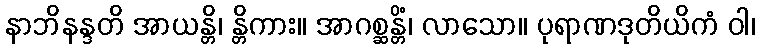
နာဘိနန္ဒတိ အာယန္တိ၊ န္တိကား။ အာဂစ္ဆန္တိံ၊ လာသော။ ပုရာဏဒုတိယိကံ ဝါ၊